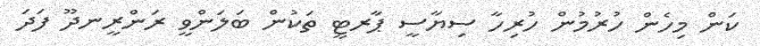
ކަން މިހެން ހުރުމުން ހުރިހާ ސިޔާސީ ޕާރޓީ ތަކުން ބަލަންވީ ރަންރީނދޫ ފަދަ